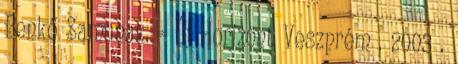
Benkő Samunak. = Új Horizont Veszprém . 2003 .